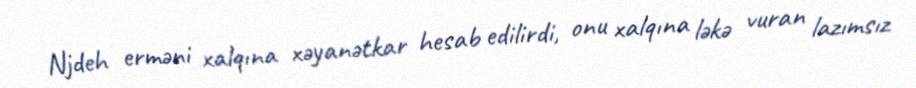
Njdeh erməni xalqına xəyanətkar hesab edilirdi, onu xalqına ləkə vuran lazımsız